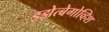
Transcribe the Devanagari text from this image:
इझेत्बेगोव्हिश